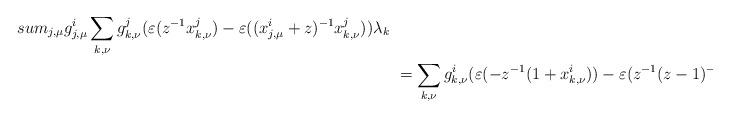
LaTeX: \begin{align*} &\\sum_{j,\mu} g^i_{j,\mu} \sum_{k,\nu} g^j_{k,\nu} (\varepsilon(z^{-1} x^j_{k,\nu})- \varepsilon((x^i_{j,\mu}+z)^{-1} x^j_{k,\nu})) \lambda_k \\ &\ = \sum_{k,\nu} g^i_{k,\nu} (\varepsilon(-z^{-1}(1+x^i_{k,\nu}))-\varepsilon(z^{-1}(z-1)^{-1}(x^i_{k,\nu}-z+1)) )\lambda_k\end{align*}